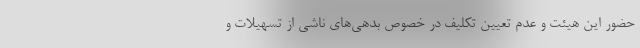
حضور این هیئت و عدم تعیین تکلیف در خصوص بدهی‌های ناشی از تسهیلات و